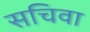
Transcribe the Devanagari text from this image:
सचिवा